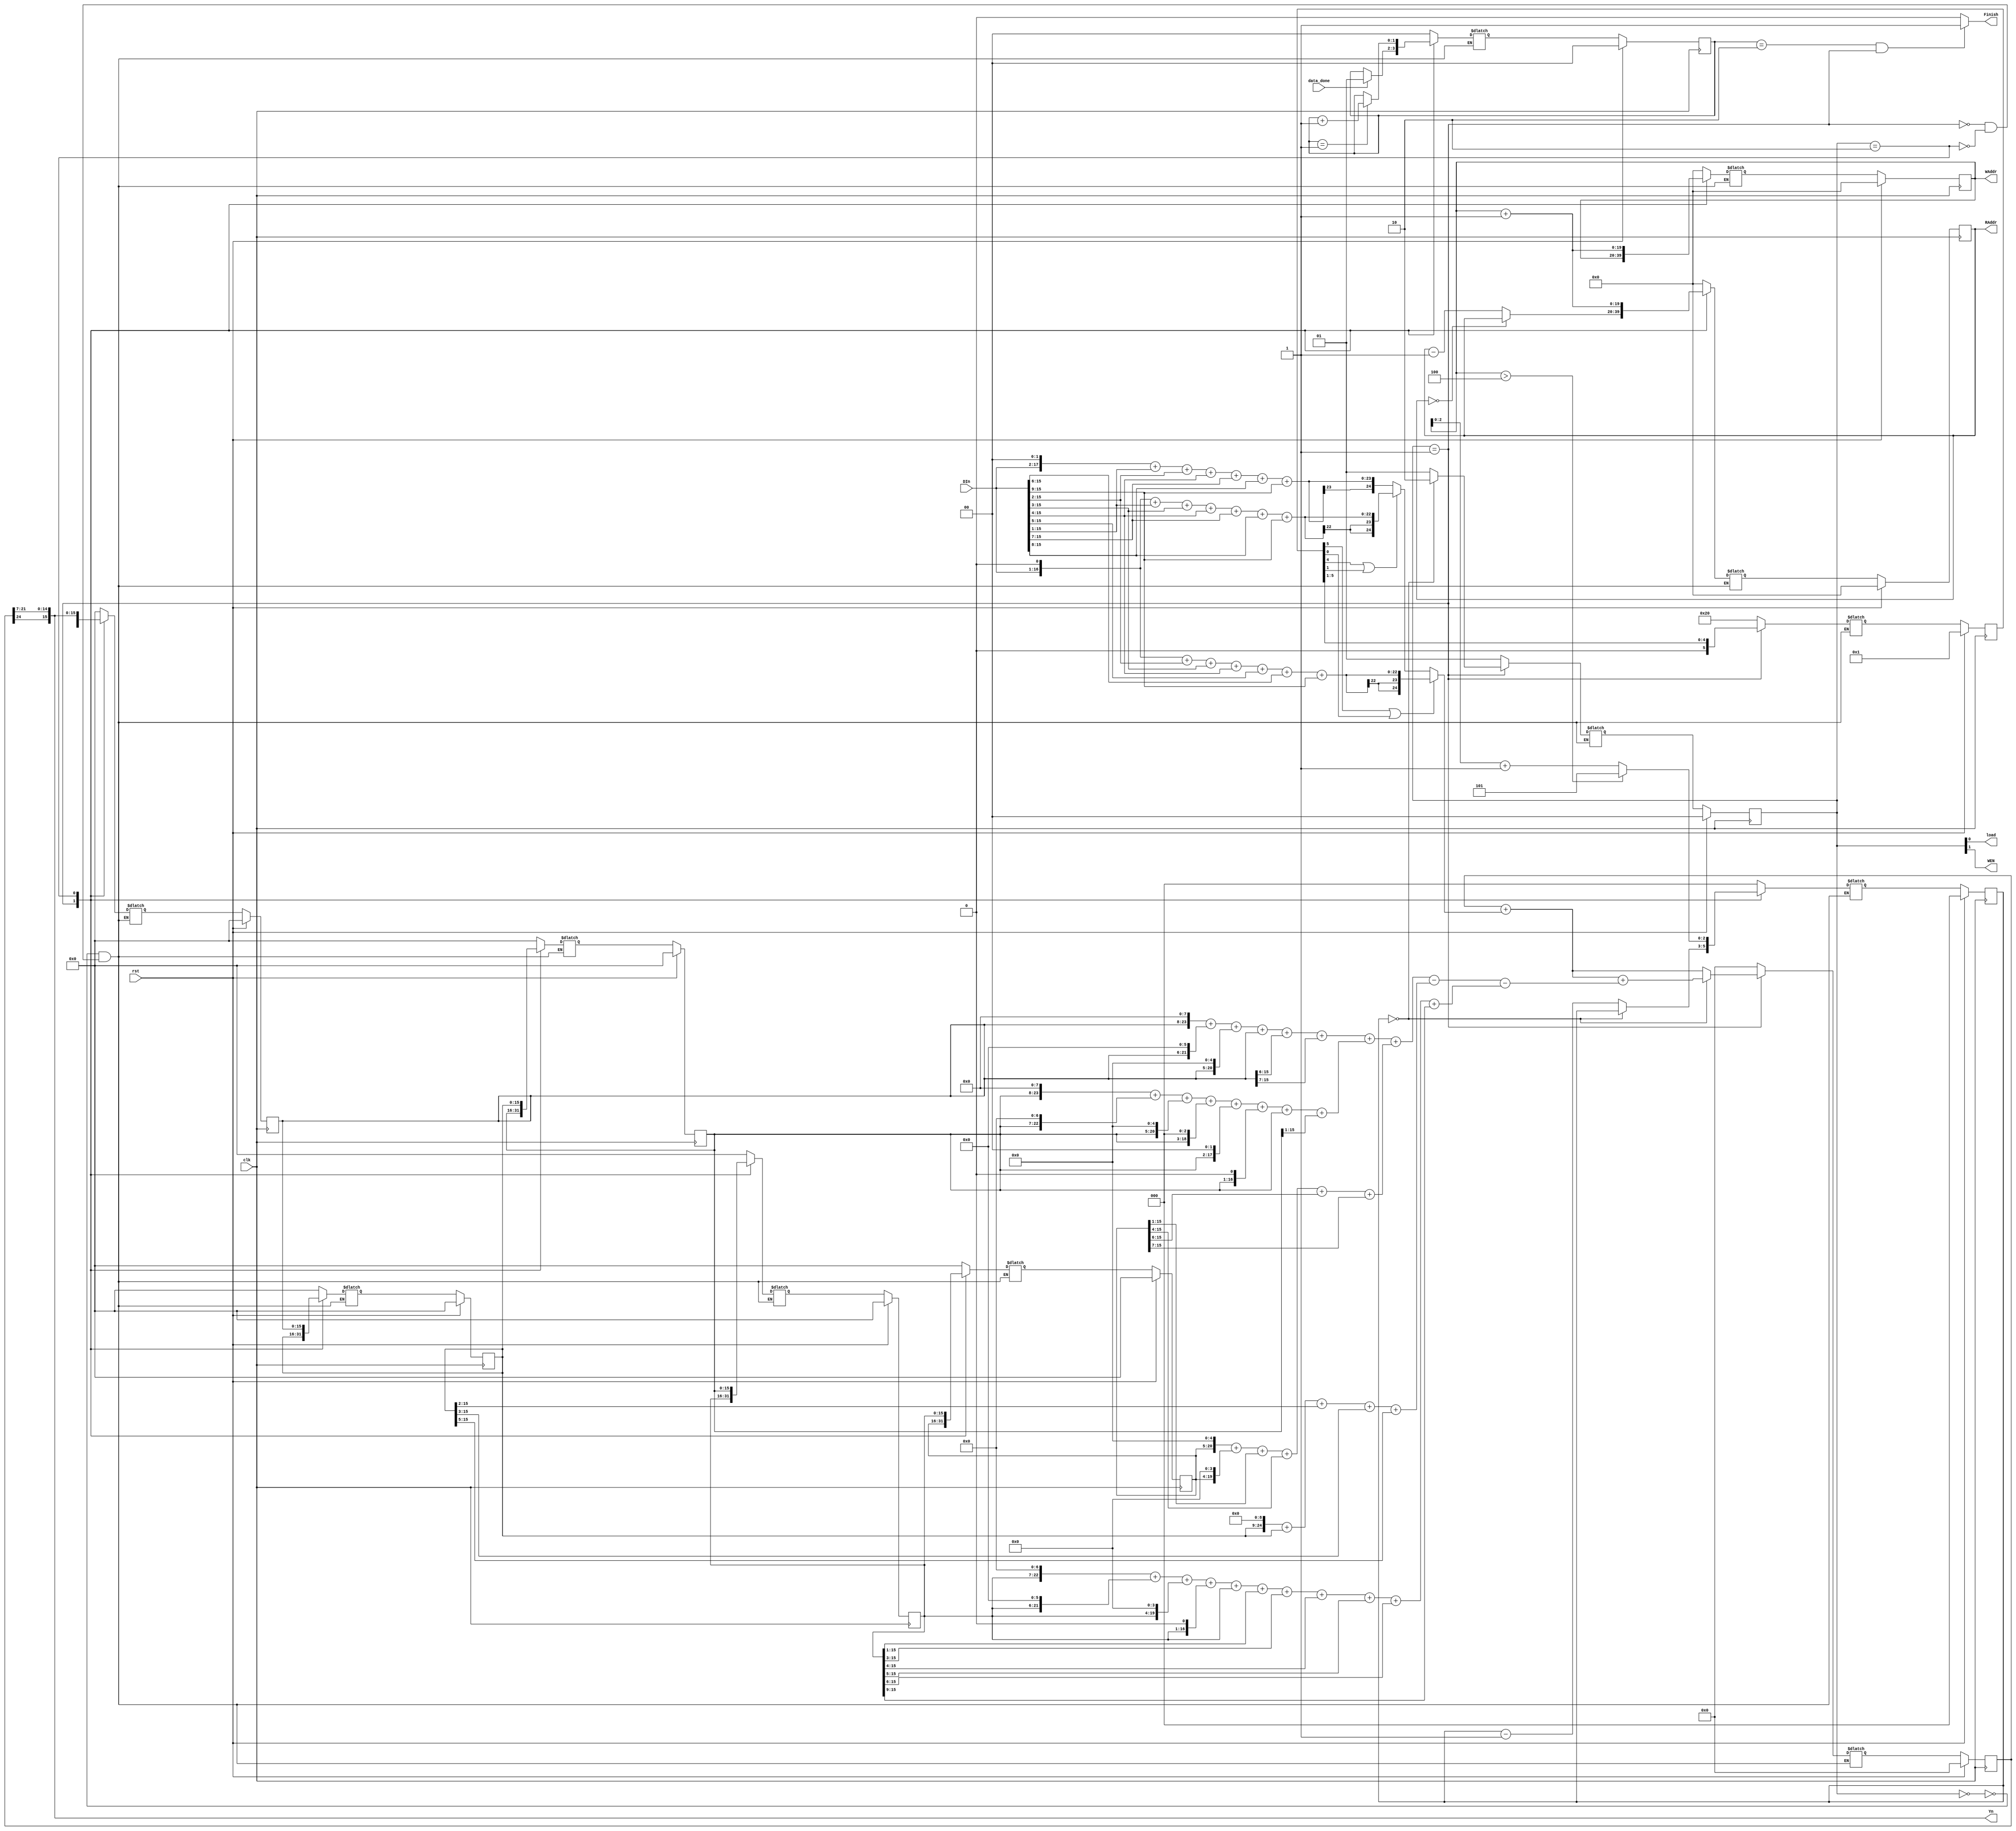
`define IDEL 2'b00
`define COUNT 2'b01
`define WRITE 2'b10
//define: { WEN load }
//Note: a0~a5, b0~b4 -> 9 of the parameter(weight).

module IIR(clk,rst, load,DIn,RAddr,data_done,WEN,Yn,WAddr,Finish);
	parameter n=16;
	parameter m=20;
	
	input clk,rst;
	input data_done;
	input signed[n-1:0]DIn;
	
	output WEN,load;
	output Finish;
	output signed[n-1:0]Yn;
	output [m-1:0]RAddr;
	output [m-1:0]WAddr;

	reg [1:0]state, next_state;
	//control WEN, load
	reg signed[n-1:0]m1, next_m1, m2, next_m2, m3, next_m3, m4, next_m4, m5, next_m5;
	 //Implement five of previous ans registors.
	reg signed[24:0]ans, next_ans;
	//control Yn
	reg [m-1:0]read_addr, next_read_addr;
	//control RAddr
	reg [m-1:0]write_addr, next_write_addr;
	//control WAddr
	reg [5:0]counter, next_counter;//one-hot coding
	//count for index of the weight.
	reg [2:0]over, next_over;
	//determine wether to stop.
	reg [1:0]last, next_last;
	//determine wether to finish.
	
	wire signed[24:0]extended_din, extended_m1, extended_m2, extended_m3, extended_m4, extended_m5;//25 bits.
	wire signed[24:0]Wa5, Wa4, Wa3, Wb4, Wb3, Wb2, Wb1, Wb0;//25 bits.
	wire signed[24:0]pa_weight;//25 bits.
	wire signed[24:0]pb_weight;//25 bits.
	wire signed[n-1:0]Wans;//16 bits.
	//wire [2:0]ov;
	//choose the weight and product with DIn.
	//Wa2 = Wa3
	//Wa1 = Wa4
	//Wa0 = Wa5
	
	//assign ov = write_addr[2:0];
	assign extended_din = {{2{DIn[15]}}, DIn, {7{1'b0}}};
	assign extended_m1 = {{2{m1[15]}}, m1, {7{1'b0}}};
	assign extended_m2 = {{2{m2[15]}}, m2, {7{1'b0}}};
	assign extended_m3 = {{2{m3[15]}}, m3, {7{1'b0}}};
	assign extended_m4 = {{2{m4[15]}}, m4, {7{1'b0}}};
	assign extended_m5 = {{2{m5[15]}}, m5, {7{1'b0}}};
	
	assign Wa5 = (extended_din >>> 6) + (extended_din >>> 9) + (extended_din >>> 10) + (extended_din >>> 11) + (extended_din >>> 12) +  (extended_din >>> 13) + (extended_din >>> 16);
	assign Wa4 = (extended_din >>> 6) + (extended_din >>> 8) + (extended_din >>> 10) + (extended_din >>> 11) + (extended_din >>> 14) +  (extended_din >>> 15) + (extended_din >>> 16);
	assign Wa3 = (extended_din >>> 5) + (extended_din >>> 8) + (extended_din >>> 9) + (extended_din >>> 11) + (extended_din >>> 14) +  (extended_din >>> 15) + (extended_din >>> 16);
	assign pa_weight = (counter[5]||counter[0])? Wa5 : (counter[4]||counter[1])? Wa4 : Wa3;
	assign Wb4 = (extended_m1 <<< 1) + (extended_m1 >>> 1) + (extended_m1 >>> 2) + (extended_m1 >>> 7) + (extended_m1 >>> 13) + (extended_m1 >>> 14);
	assign Wb3 = (extended_m2 <<< 2) + (extended_m2 >>> 7) + (extended_m2 >>> 9) + (extended_m2 >>> 10) + (extended_m2 >>> 12);
	assign Wb2 = (extended_m3 <<< 1) + (extended_m3) + (extended_m3 >>> 2) + (extended_m3 >>> 4) + (extended_m3 >>> 5) + (extended_m3 >>> 6) + (extended_m3 >>> 7) + (extended_m3 >>> 8);
	assign Wb1 = (extended_m4) + (extended_m4 >>> 1) + (extended_m4 >>> 3) + (extended_m4 >>> 6) + (extended_m4 >>> 7) + (extended_m4 >>> 8) + (extended_m4 >>> 10) + (extended_m4 >>> 11) + (extended_m4 >>> 12) + (extended_m4 >>> 13) + (extended_m4 >>> 16);
	assign Wb0 = (extended_m5 >>> 2) + (extended_m5 >>> 3) + (extended_m5 >>> 8) + (extended_m5 >>> 11) + (extended_m5 >>> 13) + (extended_m5 >>> 14);
	assign pb_weight = Wb4  + Wb2 + Wb0 - Wb3 - Wb1;
	//shift to count the result. so terrible.
	assign Wans = {ans[24], ans[21:7]};
	
	always@(posedge clk)begin//DFF
		if(rst == 1'd1)begin
			state <= `IDEL;
			m1 <= 16'd0;
			m2 <= 16'd0;
			m3 <= 16'd0;
			m4 <= 16'd0;
			m5 <= 16'd0;
			read_addr <= 20'd0;
			write_addr <= 20'd0;
			counter <= 6'b00_0001;
			ans <= 25'd0;
			over <= 3'd0;
			last <= 2'd0;
		end
		else begin
			state <= next_state;
			m1 <= next_m1;
			m2 <= next_m2;
			m3 <= next_m3;
			m4 <= next_m4;
			m5 <= next_m5;
			read_addr <= next_read_addr;
			write_addr <= next_write_addr;
			counter <= next_counter;
			ans <= next_ans;
			over <= next_over;
			last <= next_last;
		end
	end

	always@(*)begin
		case(state)
			`IDEL:begin//initialize
				next_state = `COUNT;
			end
			`COUNT:begin//counter for the part of sum
				next_state = (over == 3'd0)? `WRITE : `COUNT;
			end
			`WRITE:begin//write data and partial initialize
				next_state = `COUNT;
			end
		endcase	
	end
	always@(*)begin
		case(state)
			`IDEL:begin//initialize
				next_m1 = 16'd0;
				next_m2 = 16'd0;
				next_m3 = 16'd0;
				next_m4 = 16'd0;
				next_m5 = 16'd0;
			end
			`COUNT:begin//counter for the part of sum
				next_m1 = m1;
				next_m2 = m2;
				next_m3 = m3;
				next_m4 = m4;
				next_m5 = m5;
			end
			`WRITE:begin//write data and partial initialize
				next_m1 = Wans;
				next_m2 = m1;
				next_m3 = m2;
				next_m4 = m3;
				next_m5 = m4;
			end
		endcase
	end
	
	always@(*)begin
		case(state)
			`IDEL:begin//initialize
				next_read_addr = 20'd0;
				next_write_addr = 20'd0;
			end
			`COUNT:begin//counter for the part of sum
				next_read_addr = (read_addr == 20'd0)? read_addr : read_addr - 20'd1;
				next_write_addr = write_addr;
			end
			`WRITE:begin//write data and partial initialize
				next_read_addr = write_addr + 20'd1;
				next_write_addr = write_addr + 20'd1;
			end
		endcase
	end
	
	always@(*)begin
		case(state)
			`IDEL:begin
				next_counter = 6'b10_0000;
				next_ans = 25'd0;
				next_over = 3'd0;
				next_last = 2'd0;
			end
			`COUNT:begin
				next_counter = counter >> 1;//counter[5], [4], [3], .....
				next_ans = (over == 3'd0)? ans + pa_weight + pb_weight : ans + pa_weight;//add b or not.
				next_over = (over == 3'd0)? over : over - 3'd1;
				next_last = (data_done == 1'd1)? 2'd1 : last;
			end
			`WRITE:begin
				next_counter = 6'b10_0000;
				next_ans = 25'd0;
				next_over = (write_addr > 4)? 3'd5 : write_addr[2:0] + 3'd1;
				next_last = (last == 2'd1)? last + 2'd1 : last;
			end
		endcase	
	end

	assign WEN = state[1];
	assign load = state[0];
	assign RAddr = read_addr;
	assign WAddr = write_addr;
	assign Yn = Wans;
	assign Finish = (last == 2'd2 && state == `COUNT)? 1'd1 : 1'd0;
	
endmodule